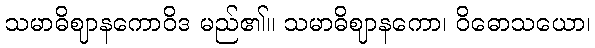
သမာဓိဈာနကောဝိဒ မည်၏။ သမာဓိဈာနကော၊ ဝိဓောသယော၊